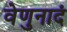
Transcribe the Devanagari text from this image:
वेणुनादं